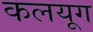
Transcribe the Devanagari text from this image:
कलयूग